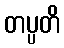
တပ္ပတိ